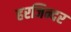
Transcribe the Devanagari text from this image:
हरजिन्दर